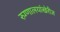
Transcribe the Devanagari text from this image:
रुग्णालयांखेरीज